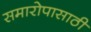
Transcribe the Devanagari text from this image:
समारोपासाठी